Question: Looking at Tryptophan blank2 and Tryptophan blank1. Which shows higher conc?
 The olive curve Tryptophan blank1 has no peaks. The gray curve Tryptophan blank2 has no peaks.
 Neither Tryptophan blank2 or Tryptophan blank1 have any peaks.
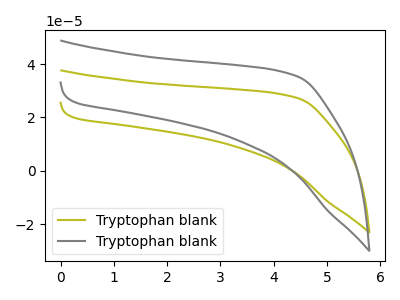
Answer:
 <answer>I cant tell if "Tryptophan blank2" or "Tryptophan blank1" has higher concentration.</answer>
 <eval>mixed_concentration</eval>